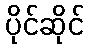
ပိုင်ဆိုင်